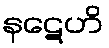
နဋေဟိ